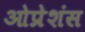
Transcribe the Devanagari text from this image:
ओप्रेशंस